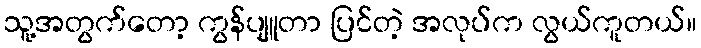
သူ့အတွက်တော့ ကွန်ပျူတာ ပြင်တဲ့ အလုပ်က လွယ်ကူတယ်။